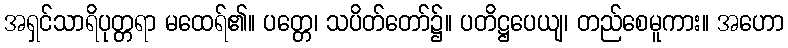
အရှင်သာရိပုတ္တရာ မထေရ်၏။ ပတ္တေ၊ သပိတ်တော်၌။ ပတိဋ္ဌပေယျ၊ တည်စေမူကား။ အဟော